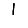
Digit: 1